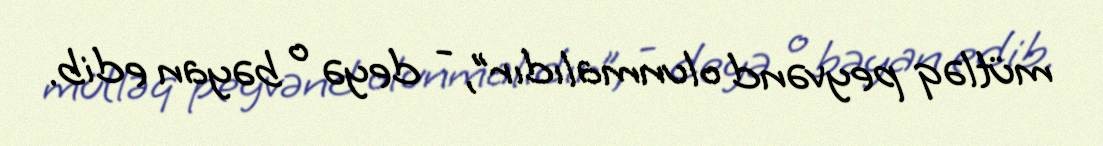
mütləq peyvənd olunmalıdır”, - deyə o bəyan edib.